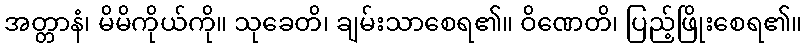
အတ္တာနံ၊ မိမိကိုယ်ကို။ သုခေတိ၊ ချမ်းသာစေရ၏။ ဝိဏေတိ၊ ပြည့်ဖြိုးစေရ၏။